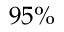
9 5 \%